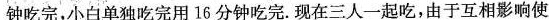
钟吃完，小白单独吃完用16分钟吃完。现在三人一起吃，由于互相影响